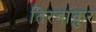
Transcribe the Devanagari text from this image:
तिरवांकुर